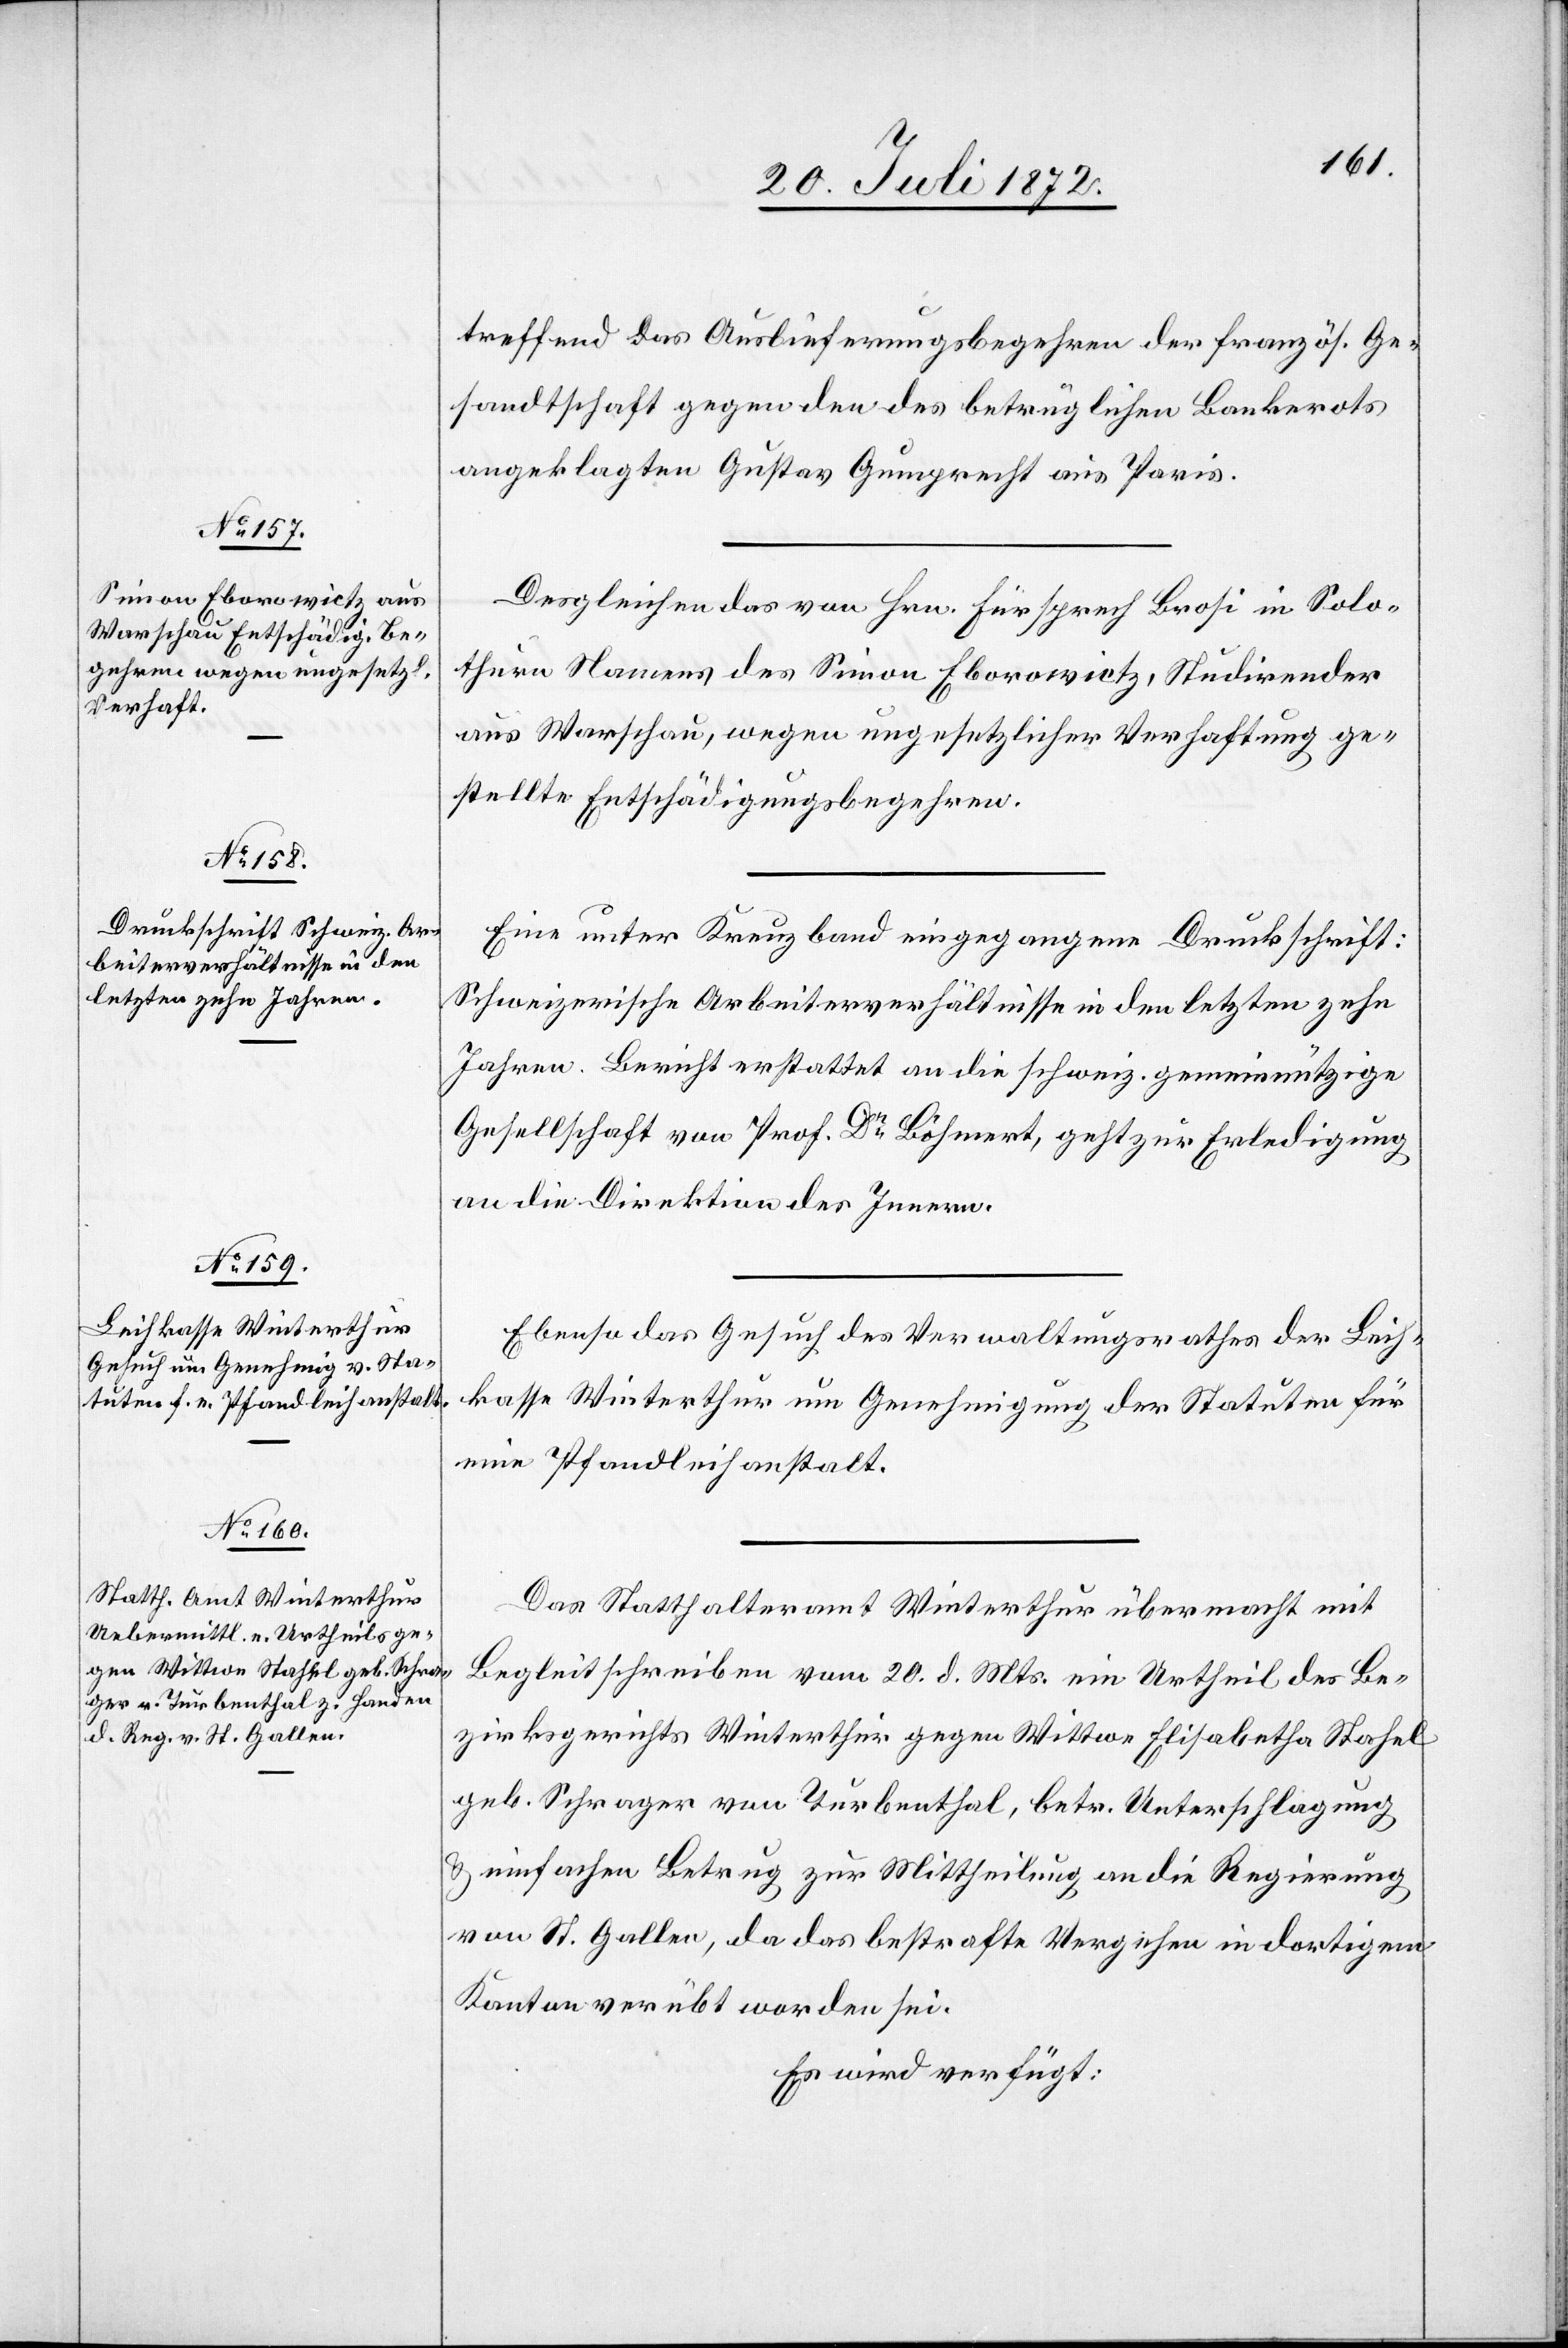
24. Juli 1872.]
treffend das Auslieferungsbegehren der französ. Ge¬
sandtschaft gegen den des betrüglichen Bankerots
angeklagten Gustav Gumprecht aus Paris.
Desgleichen das von Hrn. Fürsprech Brosi in Solo¬
thurn Namens des Simon Eborowictz, Studirender
aus Warschau, wegen ungesetzlicher Verhaftung ge¬
stellte Entschädigungsbegehren.
Eine unter Kreuzband eingegangene Druckschrift:
Schweizerische Arbeitsverhältnisse in den letzten zehn
Jahren. Bericht erstattet an die schweiz. gemeinnützige
Gesellschaft von Prof. Dr Bohmert, geht zur Erledigung
an die Direktion des Innern.
Ebenso das Gesuch des Verwaltungsrathes der Leih¬
kasse Winterthur um Genehmigung der Statuten für
eine Pfandleihanstalt.
Das Statthalteramt Winterthur übermacht mit
Begleitschreiben vom 20. d. Mts. ein Urtheil des Be¬
zirksgerichts Winterthur gegen Wittwe Elisabetha Stahel
geb. Schrager von Turbenthal, betr. Unterschlagung
u. einfachen Betrug zur Mittheilung an die Regierung
von St. Gallen, da das bestrafte Vergehen in dortigem
Kanton verübt worden sei.
Es wird verfügt: